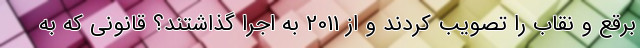
برقع و نقاب را تصویب کردند و از 2011 به اجرا گذاشتند؟ قانونی که به